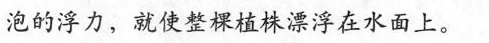
泡的浮力，就使整棵植株漂浮在水面上。